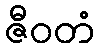
ဇီဝတံ